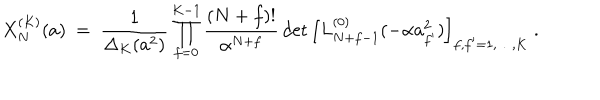
X _ { N } ^ { ( K ) } ( a ) \ = \ \frac { 1 } { \Delta _ { K } ( a ^ { 2 } ) } \prod _ { f = 0 } ^ { K - 1 } \frac { ( N + f ) ! } { \alpha ^ { N + f } } \det \left[ L _ { N + f - 1 } ^ { ( 0 ) } ( - \alpha a _ { f ^ { \prime } } ^ { 2 } ) \right] _ { f , f ^ { \prime } = 1 , \ldots , K } \ .